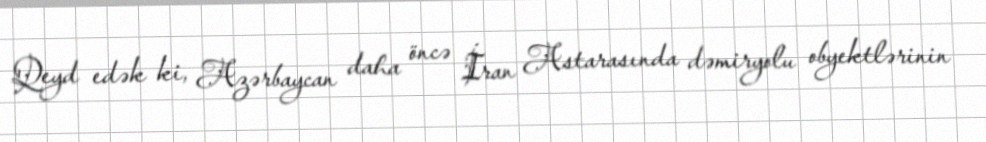
Qeyd edək ki, Azərbaycan daha öncə İran Astarasında dəmiryolu obyektlərinin